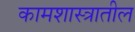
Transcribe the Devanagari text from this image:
कामशास्त्रातील